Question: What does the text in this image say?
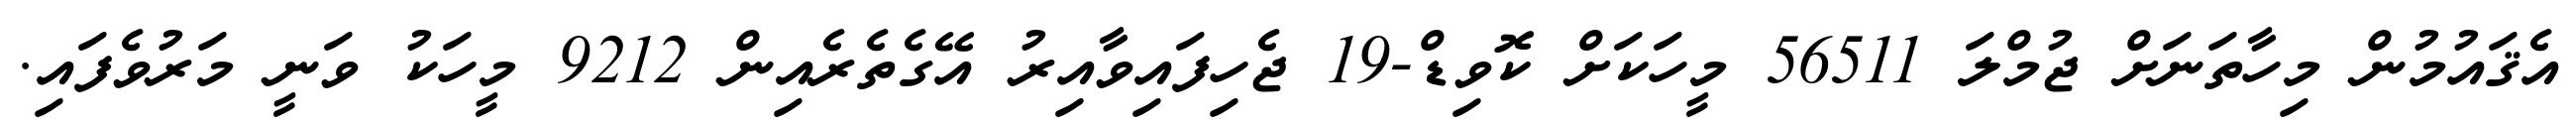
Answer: އެޤައުމުން މިހާތަނަށް ޖުމްލަ 56511 މީހަކަށް ކޮވިޑް-19 ޖެހިފައިވާއިރު އޭގެތެރެއިން 9212 މީހަކު ވަނީ މަރުވެފައި.